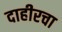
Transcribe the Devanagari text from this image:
दाहीरचा